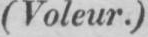
(Voleur.)